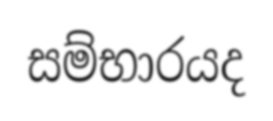
සම්භාරයද